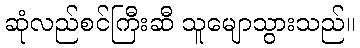
ဆုံလည်စင်ကြီးဆီ သူမျောသွားသည်။